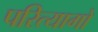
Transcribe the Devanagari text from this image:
परित्यागो